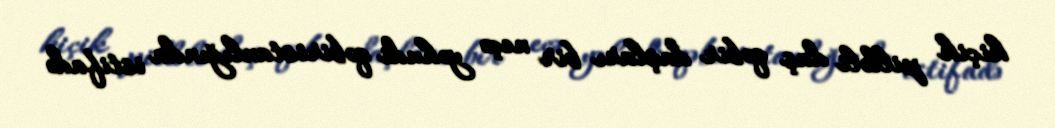
kiçik pilləli daş qəbir daşları bir neçə yəhudi qəbiristanlığında istifadə